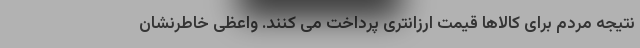
نتیجه مردم برای کالاها قیمت ارزانتری پرداخت می کنند. واعظی خاطرنشان